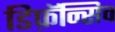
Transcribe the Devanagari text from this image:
डिफ़ॅन्सिव